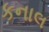
કનાલ